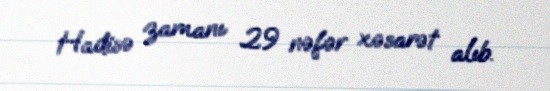
Hadisə zamanı 29 nəfər xəsarət alıb.